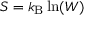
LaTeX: S = k _ { \mathrm { B } } \ln ( W )